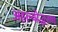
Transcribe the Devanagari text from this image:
अहल्योद्धरण